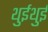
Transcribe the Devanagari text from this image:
थुईथुई